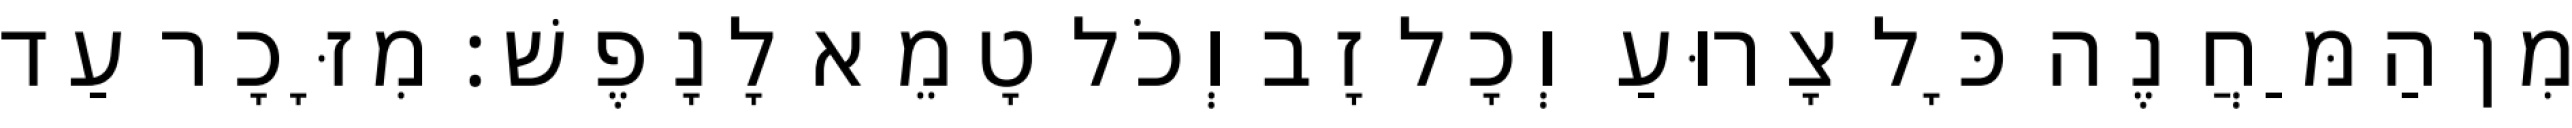
מִן הַמַּחֲנֶה כָּל צָרוּעַ וְכָל זָב וְכֹל טָמֵא לָנָפֶשׁ׃ מִזָּכָר עַד